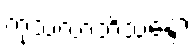
ကုသလာဘိသန္ဒော